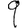
Digit: 9